Civil Veterinary Dept. North-West Frontier Province 1933-46 - 1933-1946
Year: 1933
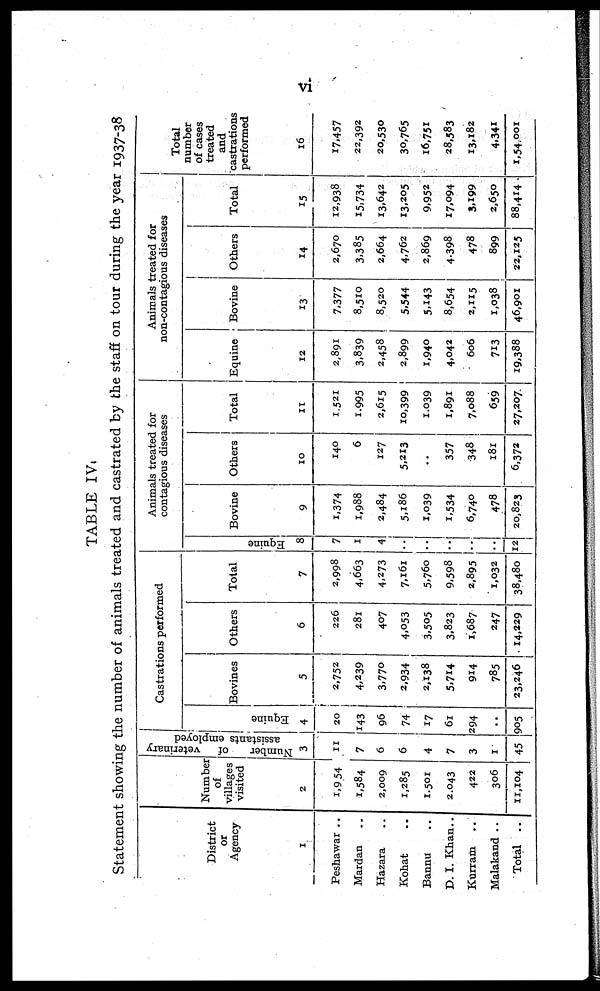
vi
TABLE IV.
Statement showing the number of animals treated and castrated by the staff on tour during the year 1937-38
District
or
Agency
1
Peshawar ..
Mardan ..
Hazara ..
Kohat ..
Bannu ..
D. I. Khan..
Kurram ..
Malakand ..
Total ..
Number
of
villages
visited
2
1,954
1,584
2,009
1,285
1,501
2,043
422
306
11,104
Number
of veterinary
assistants employed
3
11
7
6
6
4
7
3
1
45
C a s t
r
a t
i
o n s p e r
f
o r
m e d
Equine
4
20
143
96
74
17
61
294
..
905
Bovines
5
2,752
4,239
3,770
2,934
2,138
5,714
914
785
23,246
Others
6
226
281
407
4,053
3,505
3,823
1,687
247
14,229
Total
7
2,998
4,663
4.273
7,161
5,760
9,598
2,895
1,032
38,480
Animals treated for
contagious diseases
Equi ne
8
7
1
4
..
..
..
..
..
12
Bovine
9
1,374
1,988
2,484
5,186
1,039
1,534
6,740
478
20,823
Others
10
140
6
127
5,213
..
357
348
181
6,372
Total
11
1,521
1,995
2,615
10,399
1,039
1,891
7,088
659
27,207
Animals treated for
non-contagious diseases
Equine
12
2,891
3,839
2,458
2,899
1,940
4,042
606
713
19,388
Bovine
13
7,377
8,510
8,520
5,544
5,143
8,654
2,115
1,038
46,901
Others
14
2,670
3,385
2,664
4,762
2,869
4,398
478
899
22,125
Total
15
12,938
15,734
13,642
13,205
9,952
17,094
3,199
2,650
88,414
Total
number
of cases
treated
and
castrations
performed
16
17,457
22,392
20,530
30,765
16,751
28,583
13,182
4,341
1,54,001